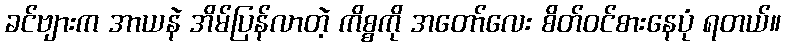
ခင်ဗျားက အာယနဲ အိမ်ပြန်လာတဲ့ ကိစ္စကို အတော်လေး စိတ်ဝင်စားနေပုံ ရတယ်။